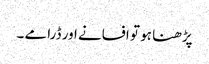
پڑھنا ہو تو افسانے اور ڈرامے ۔